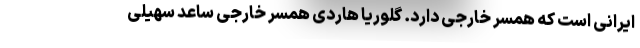
ایرانی است که همسر خارجی دارد. گلوریا هاردی همسر خارجی ساعد سهیلی